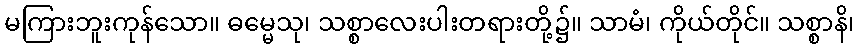
မကြားဘူးကုန်သော။ ဓမ္မေသု၊ သစ္စာလေးပါးတရားတို့၌။ သာမံ၊ ကိုယ်တိုင်။ သစ္စာနိ၊